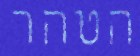
הטהר